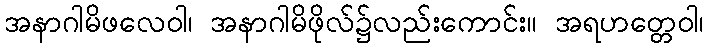
အနာဂါမိဖလေဝါ၊ အနာဂါမိဖိုလ်၌လည်းကောင်း။ အရဟတ္တေဝါ၊